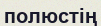
полюстің